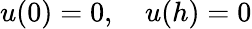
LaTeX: u(0)=0,\quad u(h)=0